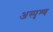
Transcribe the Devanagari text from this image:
अस्पृश्‍य